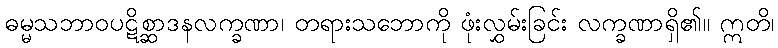
ဓမ္မသဘာဝပဋိစ္ဆာဒနလက္ခဏာ၊ တရားသဘောကို ဖုံးလွှမ်းခြင်း လက္ခဏာရှိ၏။ ဣတိ၊